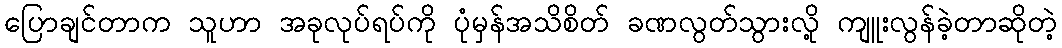
ပြောချင်တာက သူဟာ အခုလုပ်ရပ်ကို ပုံမှန်အသိစိတ် ခဏလွတ်သွားလို့ ကျူးလွန်ခဲ့တာဆိုတဲ့